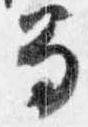
笏